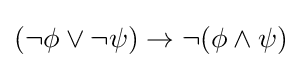
(\neg \phi \lor \neg \psi )\to \neg (\phi \land \psi )